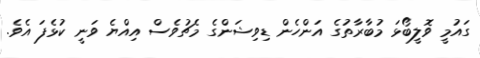
ގައުމީ ވޮލީބޯޅަ މުބާރާތުގެ އަންހެން ޑިވިޝަންގެ މެޗުވެސް އިއްޔެ ވަނީ ކުޅެފަ އެވެ.